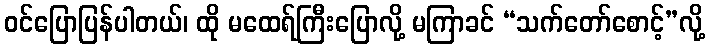
ဝင်ပြောပြန်ပါတယ်၊ ထို မထေရ်ကြီးပြောလို့ မကြာခင် “သက်တော်စောင့်”လို့